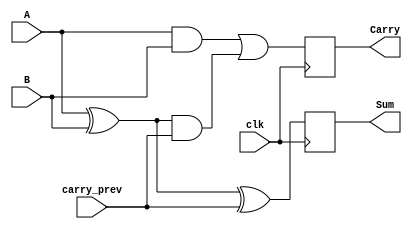
module sequential_half_adder (
    input wire clk,          // Clock input
    input wire A,           // First single-bit input
    input wire B,           // Second single-bit input
    input wire carry_prev,   // Previous carry input
    output reg Sum,         // Sum output
    output reg Carry        // Carry output
);

// Internal signals for the current sum and carry
wire current_sum;
wire current_carry;

// Sum calculation: Sum = A XOR B XOR carry_prev
assign current_sum = A ^ B ^ carry_prev;

// Carry calculation: Carry = (A AND B) OR ((A XOR B) AND carry_prev)
assign current_carry = (A & B) | ((A ^ B) & carry_prev);

// Sequential logic: Update outputs on the rising edge of the clock
always @(posedge clk) begin
    Sum <= current_sum;     // Update Sum
    Carry <= current_carry; // Update Carry
end

endmodule